Document type: Sale
Year: 1499
Scribe: Joan Martínez de Sòria
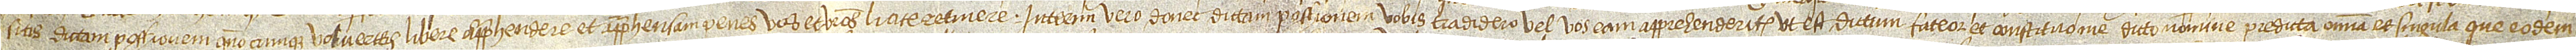
sitis dicta possessionem quandocumque volueritis libere apprehendere et apprehensam penes vos et vestros licite retinere. Interim vero donec dictam possessionem vobis tradidero vel vos eam apprenhenderitis, ut est dictum, fateor et constituo me dicto nomine predicta omnia et singula que eodem